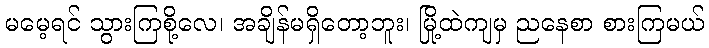
မမေ့ရင် သွားကြစို့လေ၊ အချိန်မရှိတော့ဘူး၊ မြို့ထဲကျမှ ညနေစာ စားကြမယ်